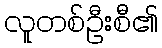
လူတစ်ဦးစီ၏